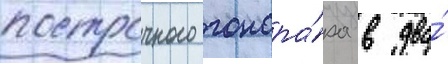
построчного гонора́ра в два́